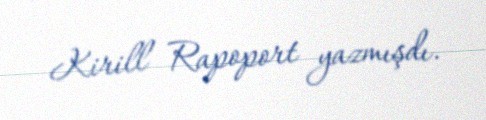
Kirill Rapoport yazmışdı.